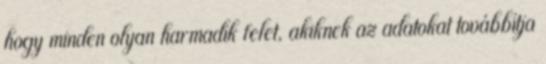
hogy minden olyan harmadik felet, akiknek az adatokat továbbítja